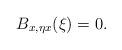
LaTeX: \begin{align*} B_{x,\eta x}(\xi)=0.\end{align*}